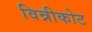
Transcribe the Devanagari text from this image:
विन्नीकोट